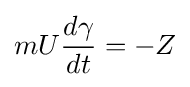
mU{\frac {d\gamma }{dt}}=-Z